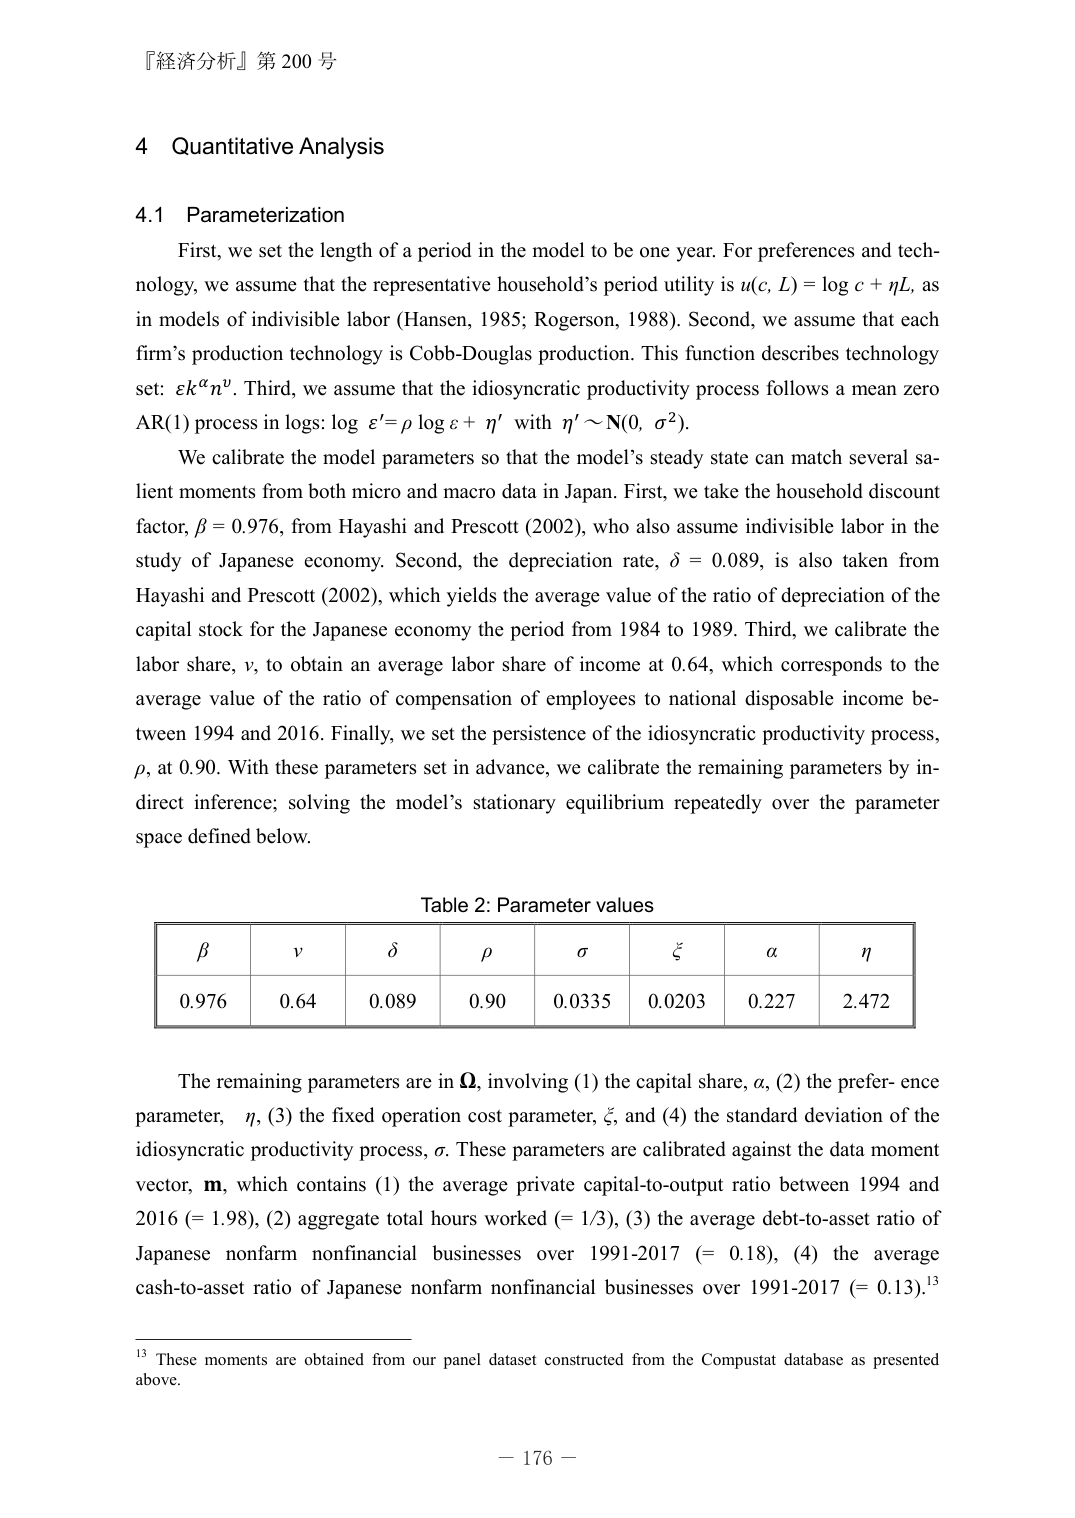
『経済分析』第 200 号

4 Quantitative Analysis

4.1 Parameterization

First, we set the length of a period in the model to be one year. For preferences and technology, we assume that the representative household’s period utility is u(c, L) = log c + ηL, as in models of indivisible labor (Hansen, 1985; Rogerson, 1988). Second, we assume that each firm’s production technology is Cobb-Douglas production. This function describes technology set: εk^αn^v. Third, we assume that the idiosyncratic productivity process follows a mean zero AR(1) process in logs: log ε' = ρ log ε + η' with η' ~ N(0, σ²).

We calibrate the model parameters so that the model’s steady state can match several salient moments from both micro and macro data in Japan. First, we take the household discount factor, β = 0.976, from Hayashi and Prescott (2002), who also assume indivisible labor in the study of Japanese economy. Second, the depreciation rate, δ = 0.089, is also taken from Hayashi and Prescott (2002), which yields the average value of the ratio of depreciation of the capital stock for the Japanese economy the period from 1984 to 1989. Third, we calibrate the labor share, ν, to obtain an average labor share of income at 0.64, which corresponds to the average value of the ratio of compensation of employees to national disposable income between 1994 and 2016. Finally, we set the persistence of the idiosyncratic productivity process, ρ, at 0.90. With these parameters set in advance, we calibrate the remaining parameters by indirect inference; solving the model’s stationary equilibrium repeatedly over the parameter space defined below.

Table 2: Parameter values

| β    | ν    | δ     | ρ    | σ     | ξ     | α     | η     |
|------|------|-------|------|-------|-------|-------|-------|
| 0.976| 0.64 | 0.089 | 0.90 | 0.0335| 0.0203| 0.227 | 2.472 |

The remaining parameters are in Ω, involving (1) the capital share, α, (2) the preference parameter, η, (3) the fixed operation cost parameter, ξ, and (4) the standard deviation of the idiosyncratic productivity process, σ. These parameters are calibrated against the data moment vector, m, which contains (1) the average private capital-to-output ratio between 1994 and 2016 (= 1.98), (2) aggregate total hours worked (= 1/3), (3) the average debt-to-asset ratio of Japanese nonfarm nonfinancial businesses over 1991-2017 (= 0.18), (4) the average cash-to-asset ratio of Japanese nonfarm nonfinancial businesses over 1991-2017 (= 0.13).¹³

¹³ These moments are obtained from our panel dataset constructed from the Compustat database as presented above.

— 176 —